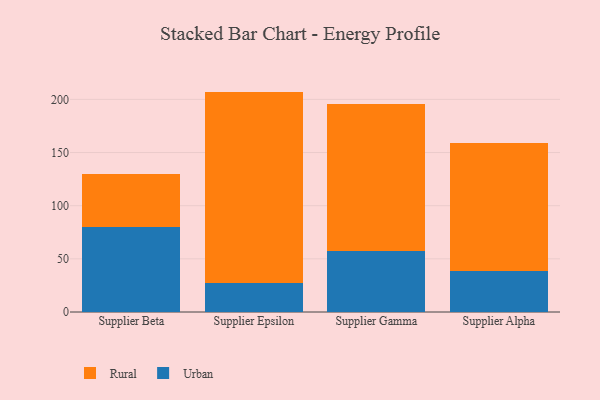
{"axis": {"x": "Supplier", "y": "Bounce Rate (%)"}, "legend": ["Rural", "Urban"], "data": [{"x": "Supplier Beta", "y": 79.8, "type": "Urban"}, {"x": "Supplier Beta", "y": 50.2, "type": "Rural"}, {"x": "Supplier Epsilon", "y": 27.5, "type": "Urban"}, {"x": "Supplier Epsilon", "y": 179.8, "type": "Rural"}, {"x": "Supplier Gamma", "y": 57.5, "type": "Urban"}, {"x": "Supplier Gamma", "y": 137.8, "type": "Rural"}, {"x": "Supplier Alpha", "y": 38.1, "type": "Urban"}, {"x": "Supplier Alpha", "y": 121.1, "type": "Rural"}]}